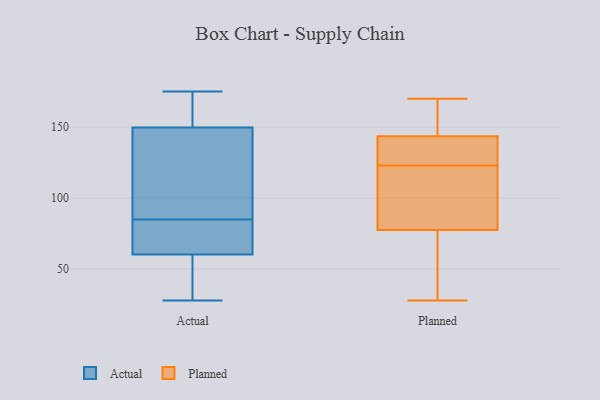
{"axis": {"x": "Net Income (USD K)", "y": "Value"}, "legend": ["Actual", "Planned"], "data": [{"x": "", "y": 79, "type": "Actual"}, {"x": "", "y": 175, "type": "Actual"}, {"x": "", "y": 31, "type": "Actual"}, {"x": "", "y": 162, "type": "Actual"}, {"x": "", "y": 99, "type": "Actual"}, {"x": "", "y": 166, "type": "Actual"}, {"x": "", "y": 113, "type": "Actual"}, {"x": "", "y": 85, "type": "Actual"}, {"x": "", "y": 57, "type": "Actual"}, {"x": "", "y": 28, "type": "Actual"}, {"x": "", "y": 70, "type": "Actual"}, {"x": "", "y": 170, "type": "Planned"}, {"x": "", "y": 127, "type": "Planned"}, {"x": "", "y": 127, "type": "Planned"}, {"x": "", "y": 28, "type": "Planned"}, {"x": "", "y": 112, "type": "Planned"}, {"x": "", "y": 149, "type": "Planned"}, {"x": "", "y": 109, "type": "Planned"}, {"x": "", "y": 67, "type": "Planned"}, {"x": "", "y": 123, "type": "Planned"}, {"x": "", "y": 166, "type": "Planned"}, {"x": "", "y": 43, "type": "Planned"}]}